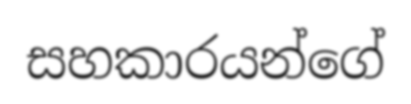
සහකාරයන්ගේ